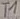
Text: T1